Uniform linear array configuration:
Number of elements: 24
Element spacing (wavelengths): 0.25
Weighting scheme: hann
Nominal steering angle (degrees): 60
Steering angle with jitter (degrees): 61.326
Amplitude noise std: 0.05
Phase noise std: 0.05

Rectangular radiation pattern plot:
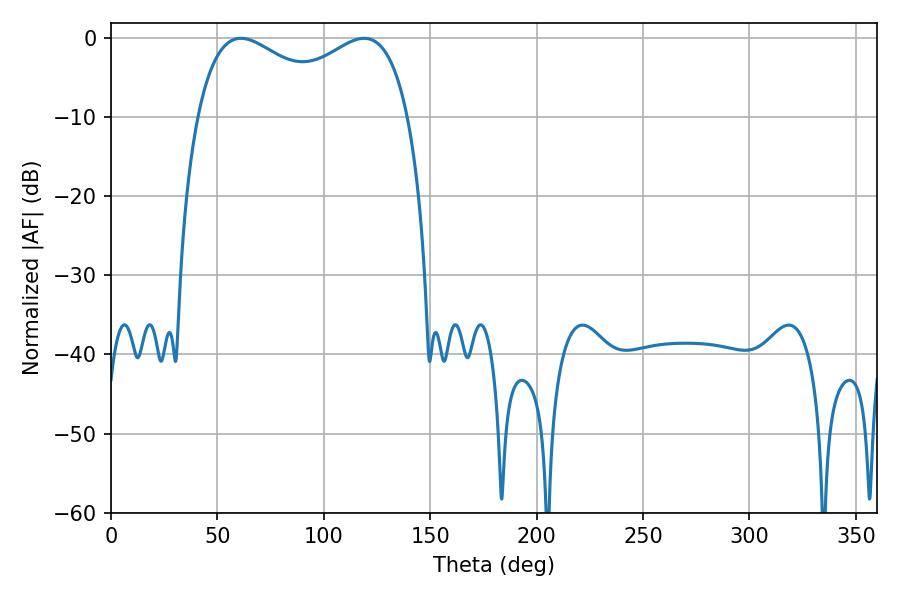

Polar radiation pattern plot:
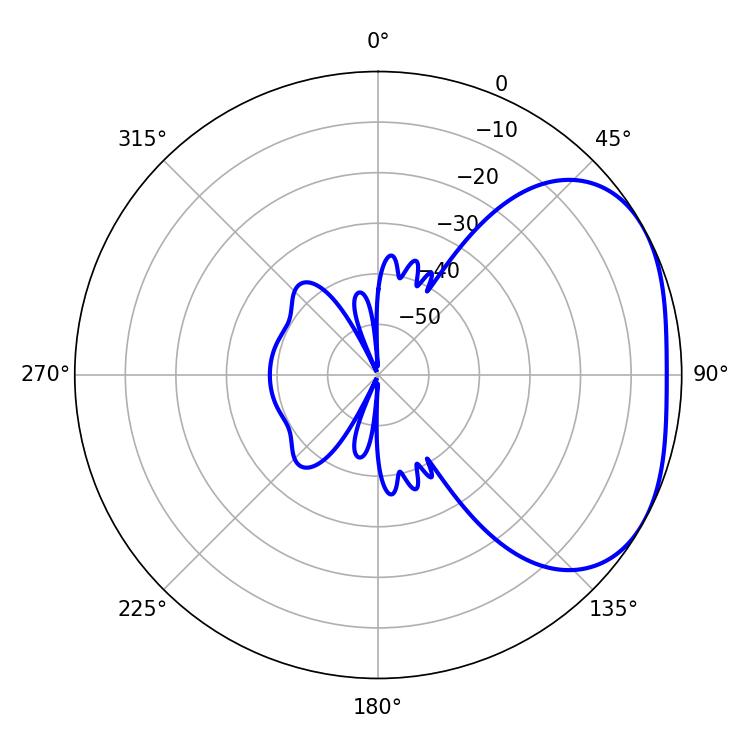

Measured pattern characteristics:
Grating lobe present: FALSE
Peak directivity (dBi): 2.818
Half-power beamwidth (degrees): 82.8
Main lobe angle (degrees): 61.02